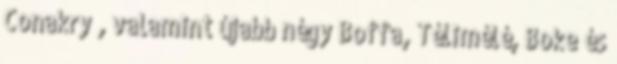
Conakry , valamint újabb négy Boffa, Télimélé, Boke és